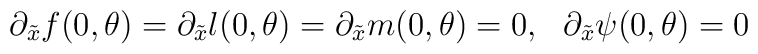
\partial_{\tilde{x}}f(0,\theta)=\partial_{\tilde{x}}l(0,\theta)=\partial_{\tilde{x}}m(0,\theta)=0,\ \ \partial_{\tilde{x}}\psi(0,\theta)=0